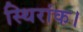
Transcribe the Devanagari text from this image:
स्थिरांक।